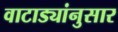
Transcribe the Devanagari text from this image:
वाटाड्यांनुसार